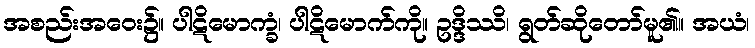
အစည်းအဝေး၌။ ပါဋိမောက္ခံ၊ ပါဋိမောက်ကို။ ဥဒ္ဒိဿိ၊ ရွတ်ဆိုတော်မူ၏။ အယံ၊